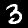
Label: 3